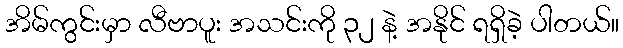
အိမ်ကွင်းမှာ လီဗာပူး အသင်းကို ၃၂ နဲ့ အနိုင် ရရှိခဲ့ ပါတယ်။